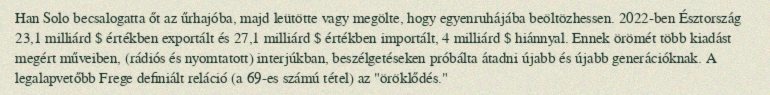
Han Solo becsalogatta őt az űrhajóba, majd leütötte vagy megölte, hogy egyenruhájába beöltözhessen. 2022-ben Észtország 23,1 milliárd $ értékben exportált és 27,1 milliárd $ értékben importált, 4 milliárd $ hiánnyal. Ennek örömét több kiadást megért műveiben, (rádiós és nyomtatott) interjúkban, beszélgetéseken próbálta átadni újabb és újabb generációknak. A legalapvetőbb Frege definiált reláció (a 69-es számú tétel) az "öröklődés."